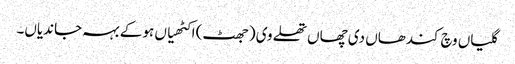
گلیاں وچ کندھاں دی چھاں تھلے وی (جھٹ) اکٹھیاں ہو کے بہہ جاندیاں۔